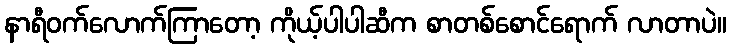
နာရီဝက်လောက်ကြာတော့ ကိုယ့်ပါပါဆီက စာတစ်စောင်ရောက် လာတာပဲ။